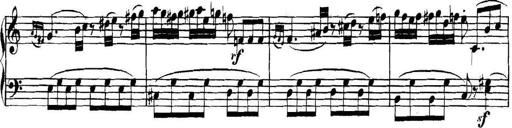
Title: Collected Piano Sonatas
Composer: Muzio Clementi